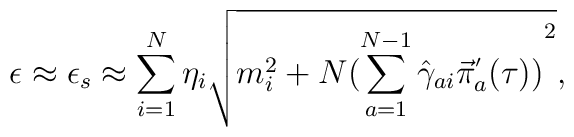
\epsilon \approx \epsilon_s\approx \sum_{i=1}^N\eta_i\sqrt{m^2_i+N{(\sum_{a=1}^{N-1}{\hat \gamma}_{ai}{\vec \pi}^{'}_a(\tau ))}^2},